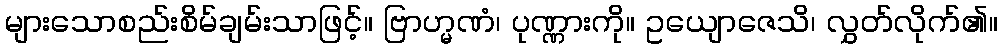
များသောစည်းစိမ်ချမ်းသာဖြင့်။ ဗြာဟ္မဏံ၊ ပုဏ္ဏားကို။ ဥယျောဇေသိ၊ လွှတ်လိုက်၏။